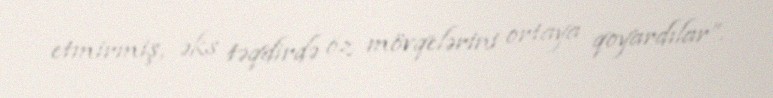
etmirmiş, əks təqdirdə öz mövqelərini ortaya qoyardılar”.